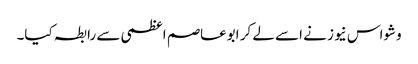
وشواس نیوز نے اسے لے کر ابوعاصم اعظمی سے رابطہ کیا۔